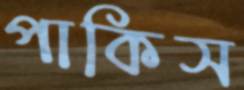
পাকিস